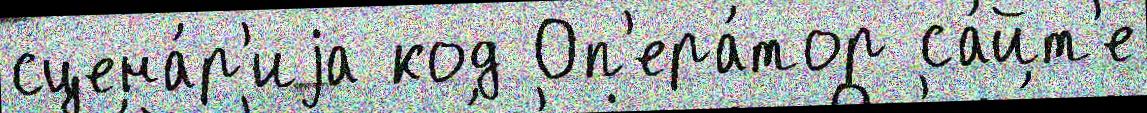
сцена́р'иjа код Оп'ера́тор са́йт'е